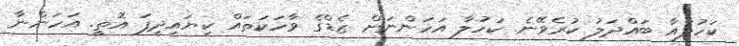
ކަހުލާއާ ބައްދަލު ކުރެވޭނެ. ކަހުލާ އަހަންނަށް ޒެޑްގެ ވާހަކަތައް ކިޔައިދީފަ އޮތީ. އަހަންނާ